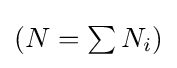
{\textstyle \left(N=\sum N_{i}\right)}